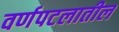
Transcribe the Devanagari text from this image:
वर्णपटलातील